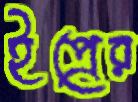
ইপ্রের